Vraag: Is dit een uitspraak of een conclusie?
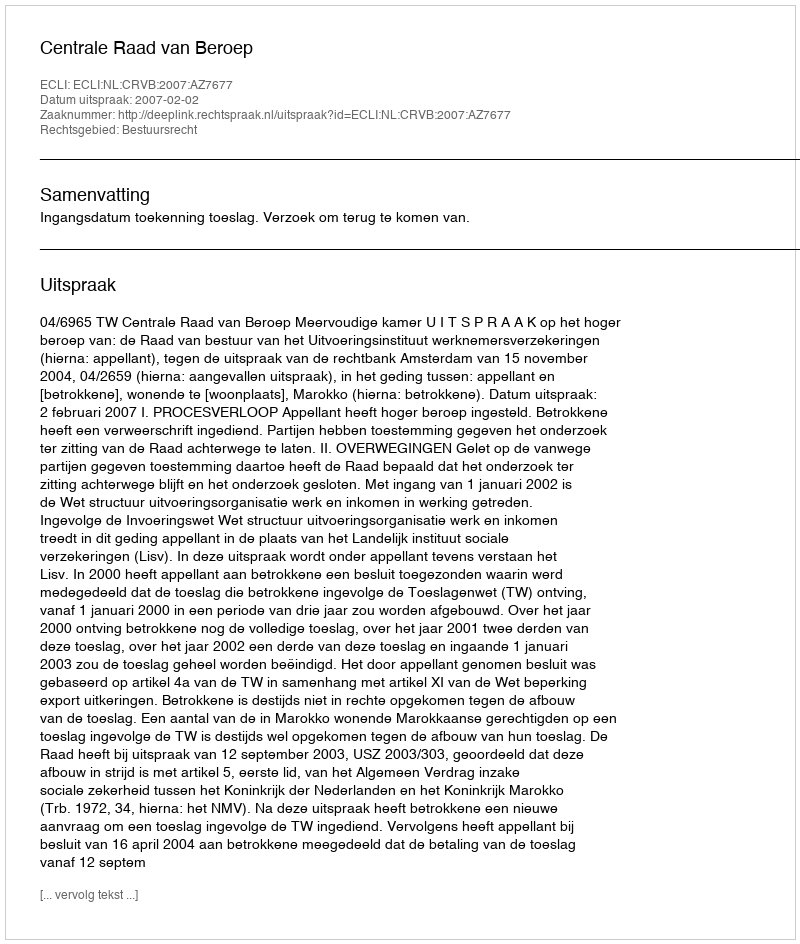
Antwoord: Uitspraak